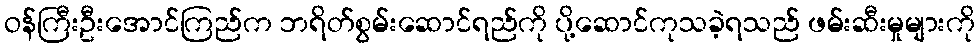
ဝန်ကြီးဦးအောင်ကြည်က ဘရိတ်စွမ်းဆောင်ရည်ကို ပို့ဆောင်ကုသခဲ့ရသည် ဖမ်းဆီးမှုများကို